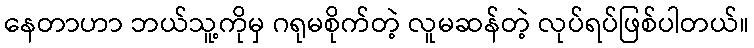
နေတာဟာ ဘယ်သူ့ကိုမှ ဂရုမစိုက်တဲ့ လူမဆန်တဲ့ လုပ်ရပ်ဖြစ်ပါတယ်။